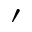
\prime